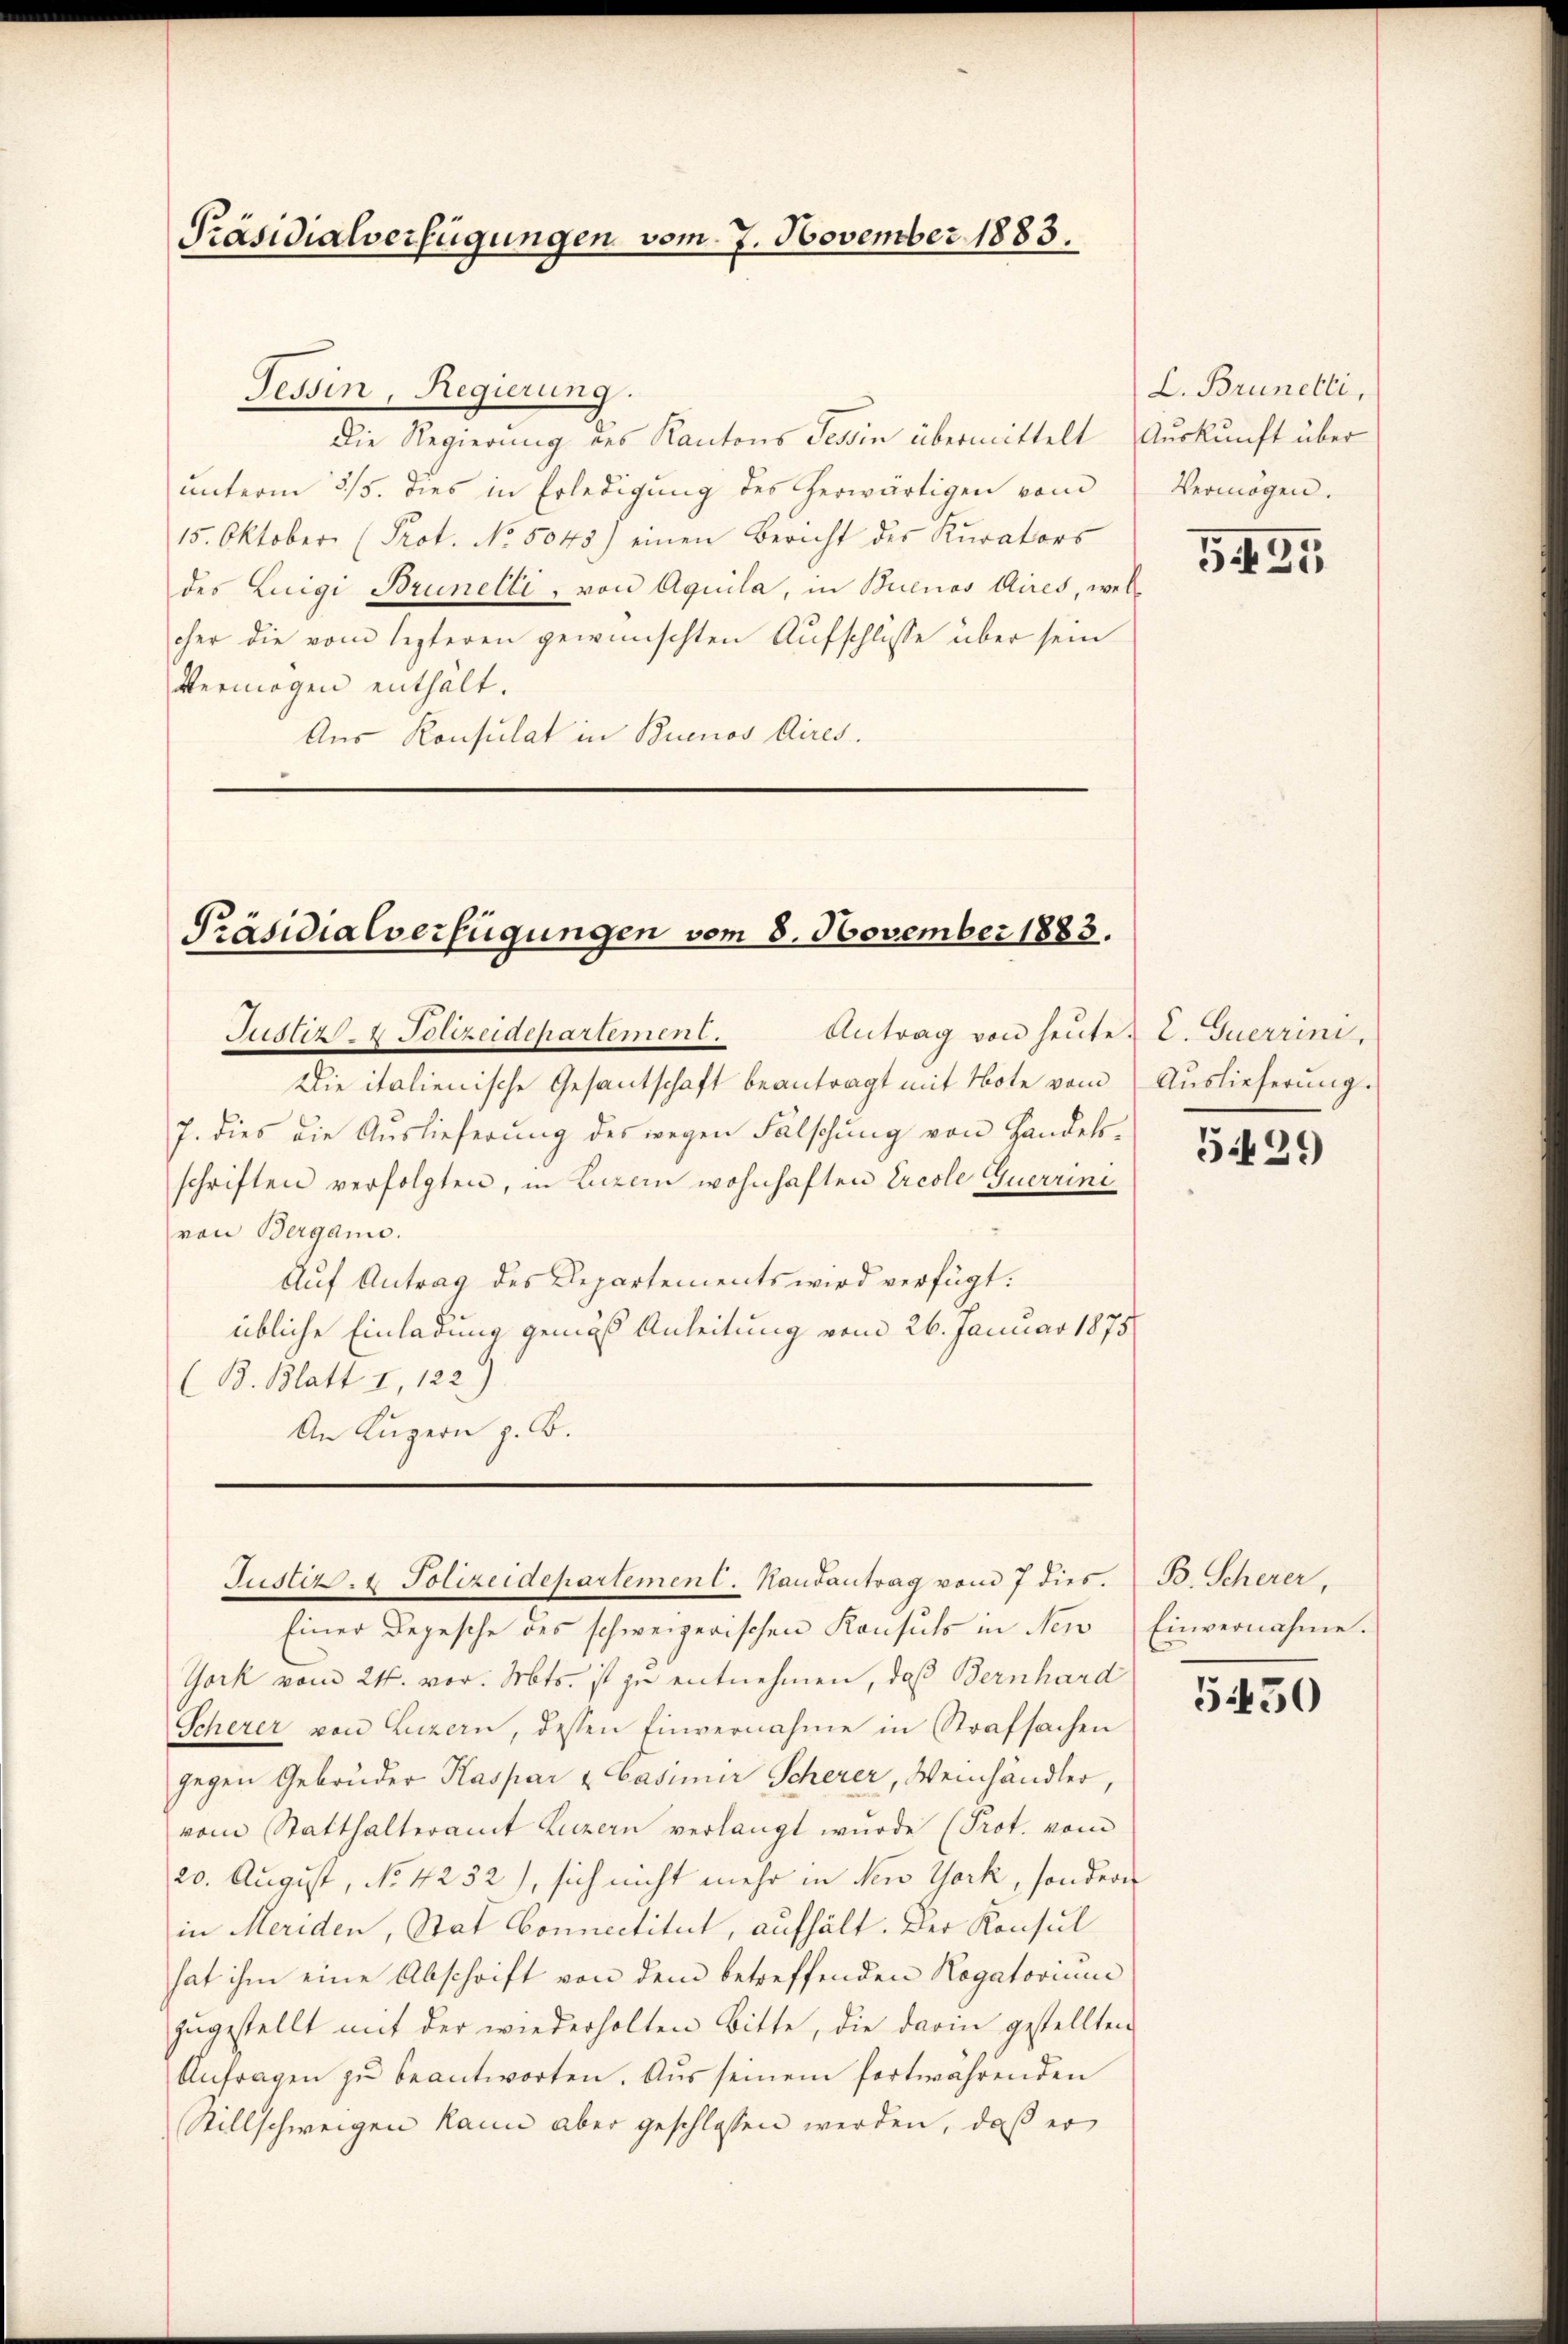
Präsidialverfügungen vom 7. November 1883.

Tessin, Regierung.
Die Regierung des Kantons Tessin übermittelt Auskunft über
unterm 3/5. dies in Erledigung des herwärtigen vom
15. Oktober (Prot. No. 5045) einen Bericht der Kurators
des Luigi Brunelli, von Aquila, in Buenos Aires, welcher die vom lezteren gewünschten Aufschlüsse über sein
Vermögen enthält.
Aus Konsulat in Buenos Aires.
e

Präsidialverfügungen vom 8. November 1883.

Antrag von heute. E. Guerrini,
Justiz- & Polizeidepartement
Die italienische Gesantschaft beantragt mit Note vom
7. dies die Auslieferung des wegen Fälschung von Handels-
schriften verfolgten, in Luzern wohnhaften Ercole Guerrini
von Bergani.
Auf Antrag des Departements wird verfügt:
übliche Einladung gemäß Anleitung vom 26. Januar 1875
(B. Blatt I, 122)
An Luzern z. B.

Justiz & Polizeidepartement. Kandantrag vom 7 dies. B. Scherer,

Einer Depesche des schweizerischen Konsuls in New
York vom 24. vor. Mts. ist zu entnehmen, daß Bernhard
Scherer von Luzern, dessen Einvernahme in Strafsachen
gegen Gebrüder Kaspar & Casimir Scherer, Weinhändler,
vom Statthalteramt Luzern verlangt wurde (Prot. vom
20. August, No. 4252), sich nicht mehr in New York, sondern
in Meriden, Stat Connectitut, aufhält. Der Konsul
hat ihm eine Abschrift von dem betreffenden Rogatorium
zugestellt mit der wiederholten Bitte, die darin gestellten
Anfragen zŭ beantworten. Aus seinem fortwährenden
Stillschweigen kann aber geschlossen werden, daß er

L. Brunetti,
Vermögen.

5435

Auslieferung.

5429)

Einvernahme.

5450